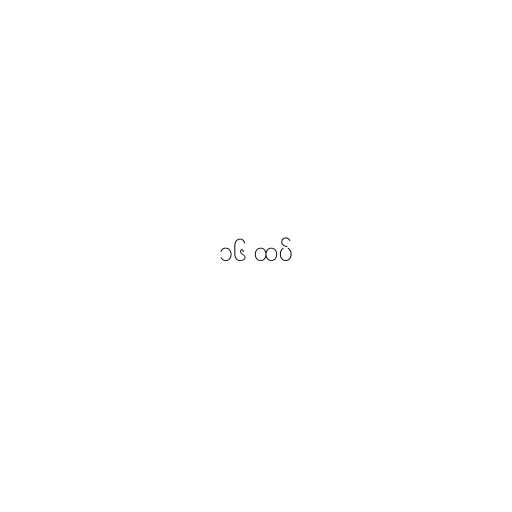
၁၆ ထပ်